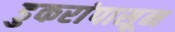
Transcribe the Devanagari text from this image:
डुकरांपासून